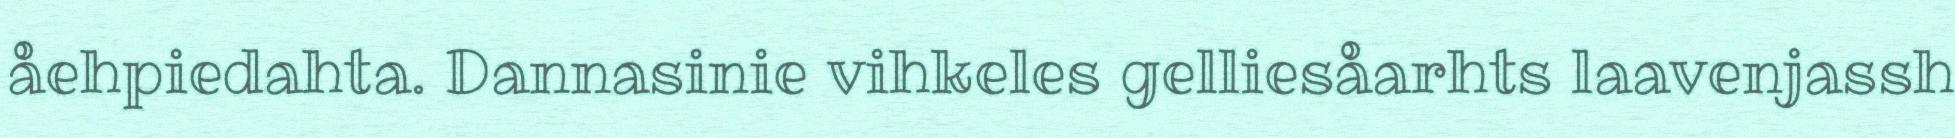
åehpiedahta. Dannasinie vihkeles gelliesåarhts laavenjassh